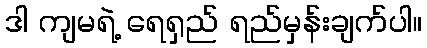
ဒါ ကျမရဲ့ ရေရှည် ရည်မှန်းချက်ပါ။